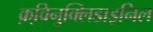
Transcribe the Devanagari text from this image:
क़्विनुक्लिडाइनिल